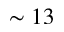
\sim 1 3